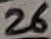
Text: 26